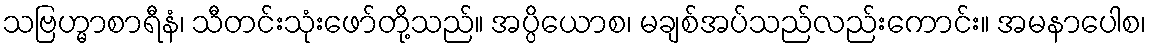
သဗြဟ္မာစာရီနံ၊ သီတင်းသုံးဖော်တို့သည်။ အပ္ပိယောစ၊ မချစ်အပ်သည်လည်းကောင်း။ အမနာပေါစ၊